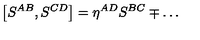
\left[ S ^ { A B } , S ^ { C D } \right] = \eta ^ { A D } S ^ { B C } \mp \ldots